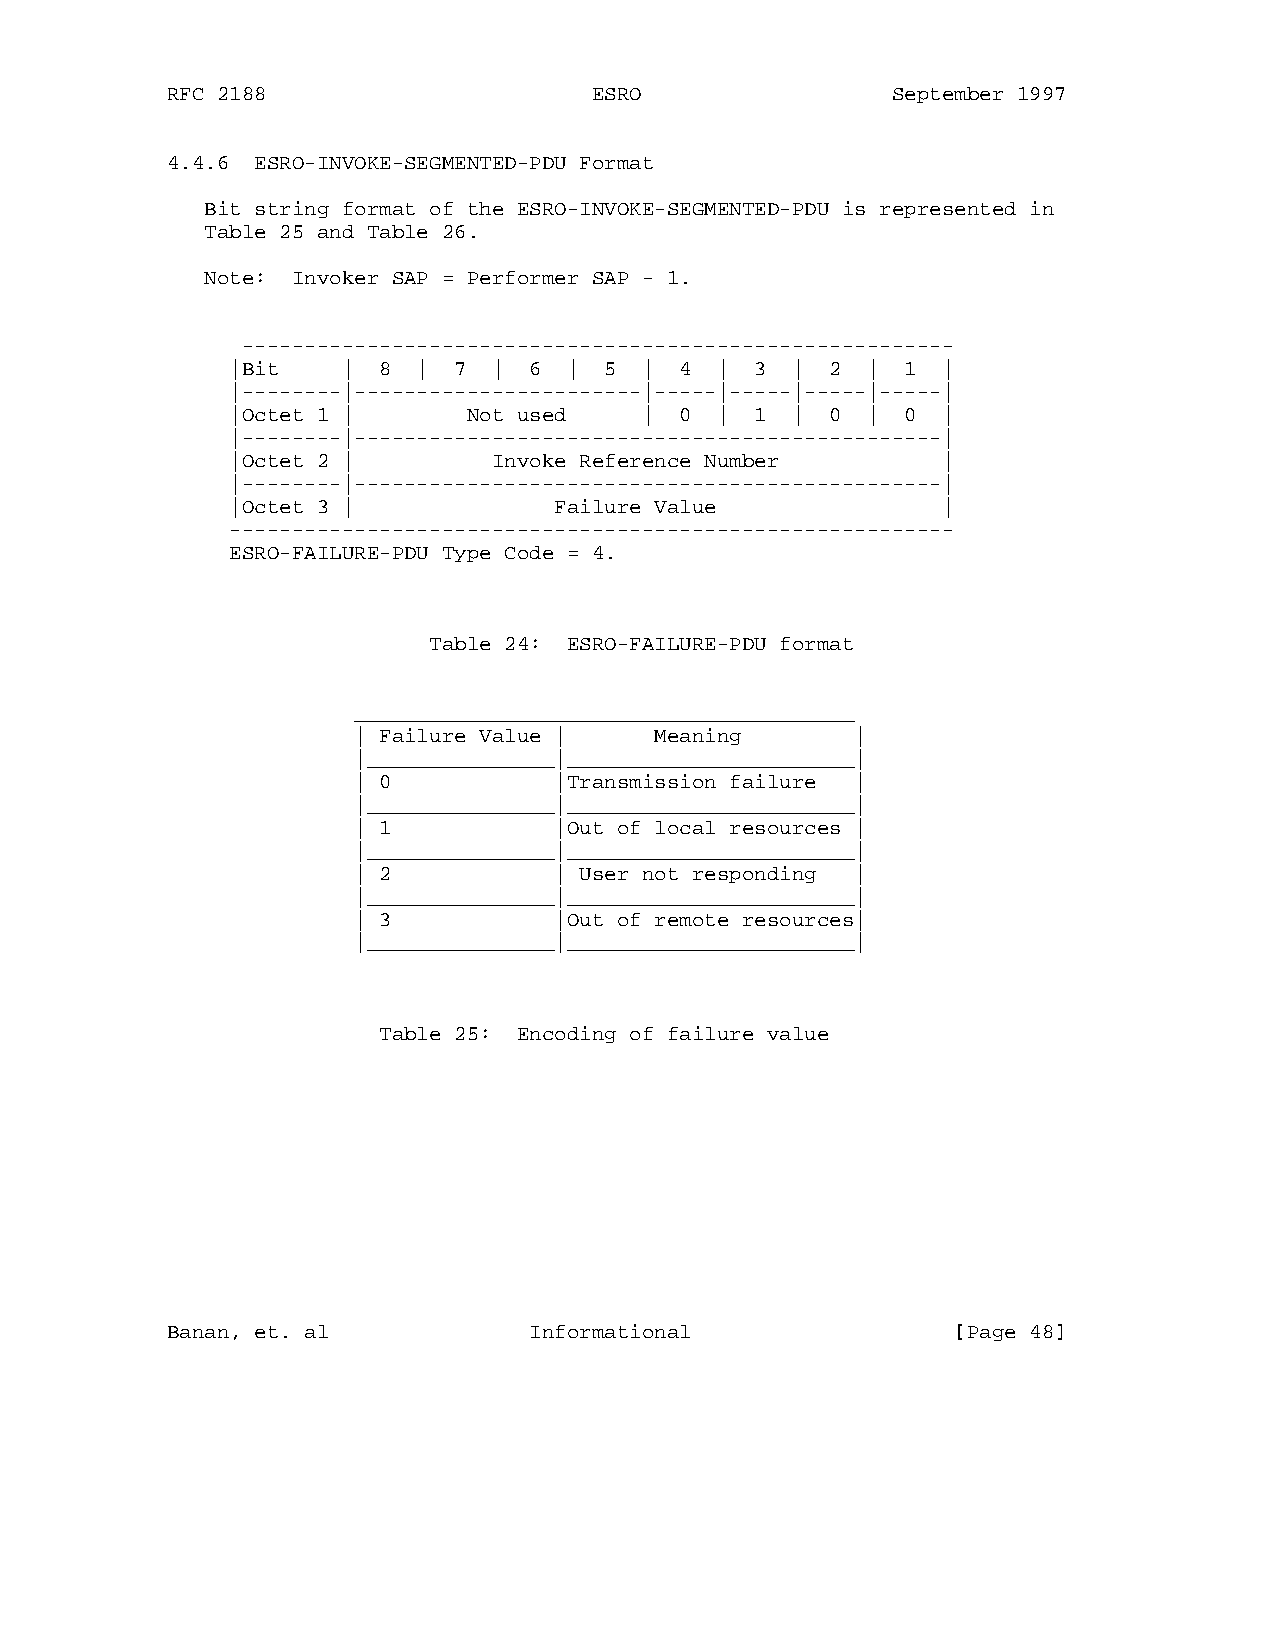
RFC 2188                    ESRO                September 1997
 4.4.6 ESRO-INVOKE-SEGMENTED-PDU Format
 Bit string format of the ESRO-INVOKE-SEGMENTED-PDU is represented in
 Table 25 and Table 26.
 Note: Invoker SAP = Performer SAP - 1.
 ---------------------------------------------------------
 |Bit    | 8  | 7  | 6  | 5 |  4 |  3 |  2 |  1 |
 |--------|-----------------------|-----|-----|-----|-----|
 |Octet 1 |      Not used   |  0 |  1 |  0 |  0 |
 |--------|-----------------------------------------------|
 |Octet 2 |        Invoke Reference Number      |
 |--------|-----------------------------------------------|
 |Octet 3 |            Failure Value            |
 ----------------------------------------------------------
 ESRO-FAILURE-PDU Type Code = 4.
 Table 24: ESRO-FAILURE-PDU format
 ________________________________________
 | Failure Value |   Meaning       |
 |_______________|_______________________|
 | 0           |Transmission failure |
 |_______________|_______________________|
 | 1           |Out of local resources |
 |_______________|_______________________|
 | 2           | User not responding |
 |_______________|_______________________|
 | 3           |Out of remote resources|
 |_______________|_______________________|
 Table 25: Encoding of failure value
 Banan, et. al           Informational               [Page 48]